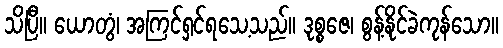
သိပြီ။ ယောတွံ၊ အကြင်ရှင်ရသေ့သည်။ ဒုစ္စဇေ၊ စွန့်နိုင်ခဲကုန်သော။